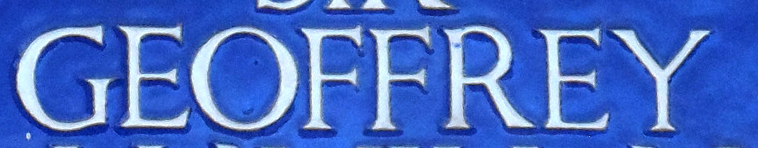
GEOFFREY